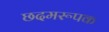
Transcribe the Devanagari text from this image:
छदमरूपक